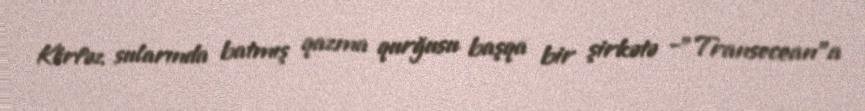
Körfəz sularında batmış qazma qurğusu başqa bir şirkətə -"Transocean"a